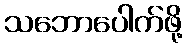
သဘောပေါက်ဖို့